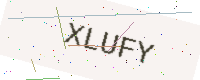
Text: XLUFY